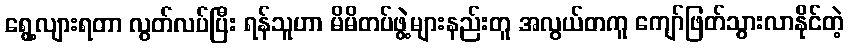
ရွေ့လျားရတာ လွတ်လပ်ပြီး ရန်သူဟာ မိမိတပ်ဖွဲ့များနည်းတူ အလွယ်တကူ ကျော်ဖြတ်သွားလာနိုင်တဲ့